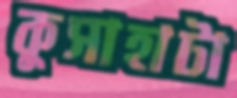
কুসাহাটা